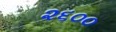
૨૬૦૦